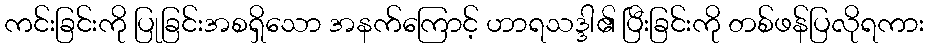
ကင်းခြင်းကို ပြုခြင်းအစရှိသော အနက်ကြောင့် ဟာရသဒ္ဒါ၏ ပြီးခြင်းကို တစ်ဖန်ပြလိုရကား